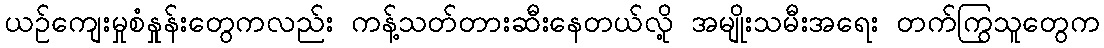
ယဉ်ကျေးမှုစံနှုန်းတွေကလည်း ကန့်သတ်တားဆီးနေတယ်လို့ အမျိုးသမီးအရေး တက်ကြွသူတွေက